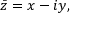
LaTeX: { \bar { z } } = x - i y ,